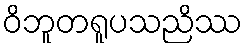
ဝိဘူတရူပသညိဿ